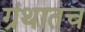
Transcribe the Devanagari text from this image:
ग्रंथातच